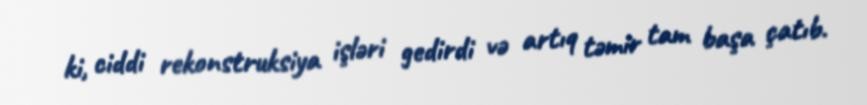
ki, ciddi rekonstruksiya işləri gedirdi və artıq təmir tam başa çatıb.